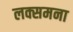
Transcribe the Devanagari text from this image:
लक्समना